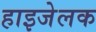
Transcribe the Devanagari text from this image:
हाइजेलक